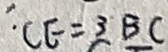
C E = 3 B C